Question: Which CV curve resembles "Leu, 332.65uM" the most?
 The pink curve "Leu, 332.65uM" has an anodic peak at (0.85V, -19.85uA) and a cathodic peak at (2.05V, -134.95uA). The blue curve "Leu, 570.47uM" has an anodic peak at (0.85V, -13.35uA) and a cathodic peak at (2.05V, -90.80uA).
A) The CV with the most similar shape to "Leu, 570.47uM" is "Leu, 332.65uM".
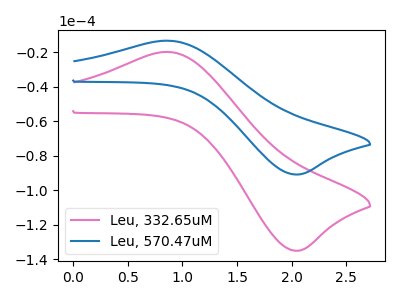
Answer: <think>All the peaks in "Leu, 332.65uM" have a peak in "Leu, 570.47uM" at the same potential.
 </think>
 <answer>A) The CV with the most similar shape to "Leu, 570.47uM" is "Leu, 332.65uM".</answer>
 <eval>A</eval>